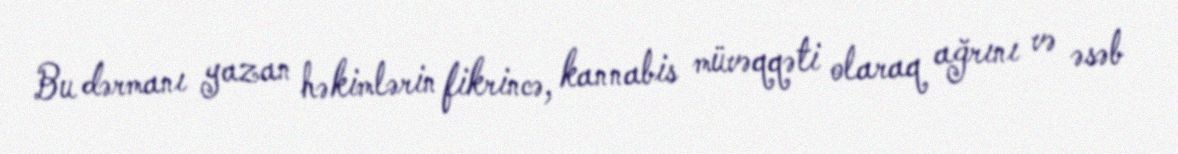
Bu dərmanı yazan həkimlərin fikrincə, kannabis müvəqqəti olaraq ağrını və əsəb